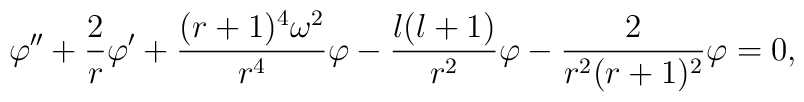
\varphi'' + {2 \over r} \varphi' + { (r+1)^4 \omega^2 \over r^4} \varphi - {{l(l+1)} \over r^2} \varphi -{2 \over r^2 (r+1)^2} \varphi= 0,